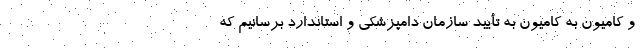
و کامیون به کامیون به تأیید سازمان دامپزشکی و استاندارد برسانیم که